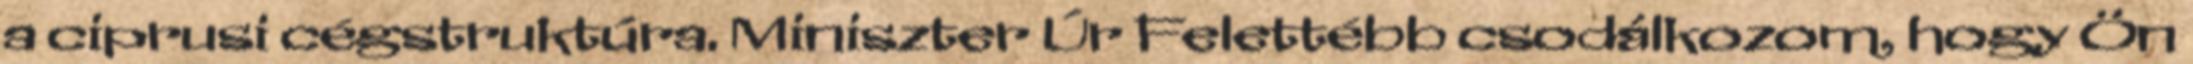
a ciprusi cégstruktúra. Miniszter Úr Felettébb csodálkozom, hogy Ön